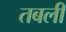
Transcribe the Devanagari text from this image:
तबली